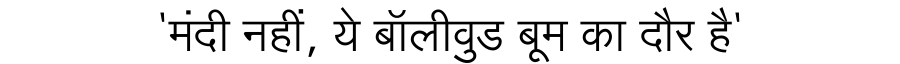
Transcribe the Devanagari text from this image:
'मंदी नहीं, ये बॉलीवुड बूम का दौर है'